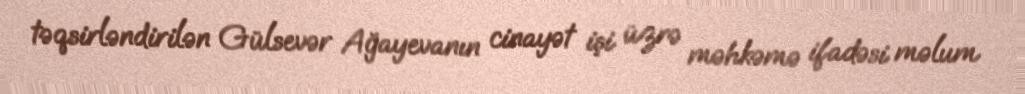
təqsirləndirilən Gülsevər Ağayevanın cinayət işi üzrə məhkəmə ifadəsi məlum